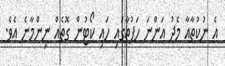
އެ ނުކުތާއާ މެދު އަންނަ ހަފުތާގައި ހައި ކޯޓުން ގޮތެއް ނިންމާނެ އެވެ.